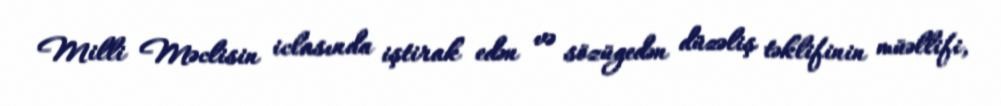
Milli Məclisin iclasında iştirak edən və sözügedən düzəliş təklifinin müəllifi,